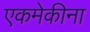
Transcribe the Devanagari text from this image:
एकमेकीना